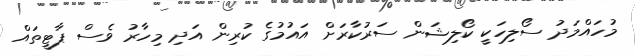
މުހައްމަދު ސޯލިހަކީ ކޯލިޝަން ސަރުކާރަށް އައުމުގެ ކުރިން އަދި މިހާރު ވެސް ޕާޓީތައް